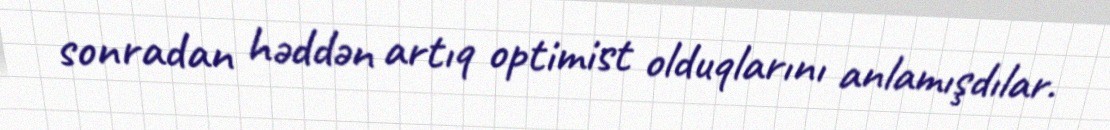
sonradan həddən artıq optimist olduqlarını anlamışdılar.